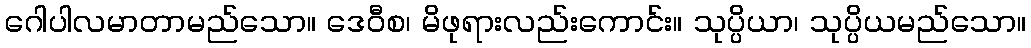
ဂေါပါလမာတာမည်သော။ ဒေဝီစ၊ မိဖုရားလည်းကောင်း။ သုပ္ပိယာ၊ သုပ္ပိယမည်သော။